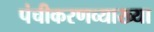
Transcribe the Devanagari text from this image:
पंचीकरणव्याख्या